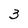
Character: 3